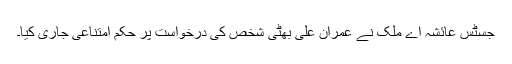
جسٹس عائشہ اے ملک نے عمران علی بھٹی شخص کی درخواست پر حکم امتناعی جاری کیا۔